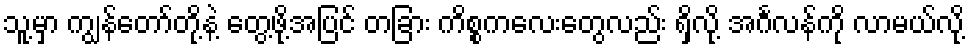
သူ့မှာ ကျွန်တော်တို့နဲ့ တွေ့ဖို့အပြင် တခြား ကိစ္စကလေးတွေလည်း ရှိလို့ အင်္ဂလန်ကို လာမယ်လို့